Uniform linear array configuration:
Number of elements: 16
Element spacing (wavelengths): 1
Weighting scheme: cosine
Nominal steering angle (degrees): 0
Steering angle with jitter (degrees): -1.86
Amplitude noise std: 0.05
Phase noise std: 0.05

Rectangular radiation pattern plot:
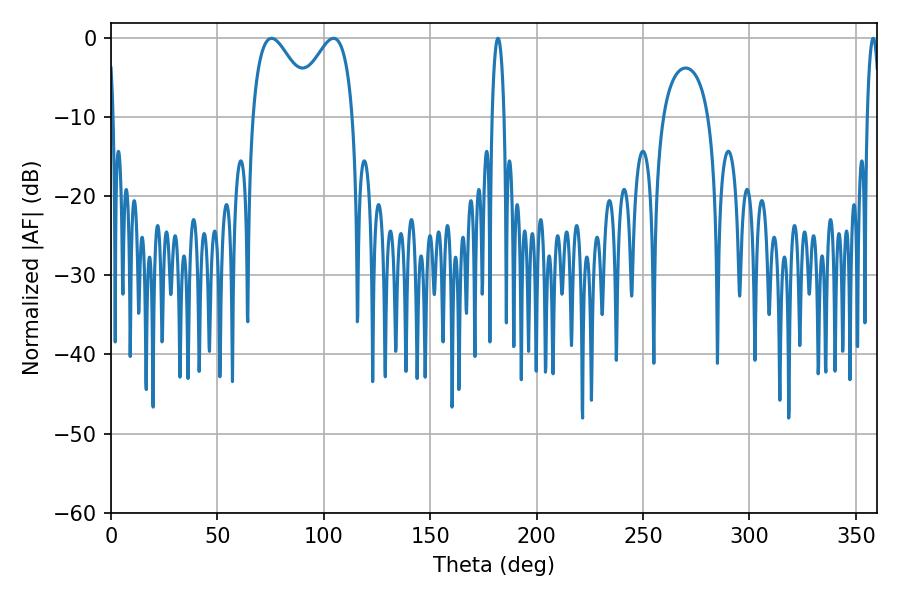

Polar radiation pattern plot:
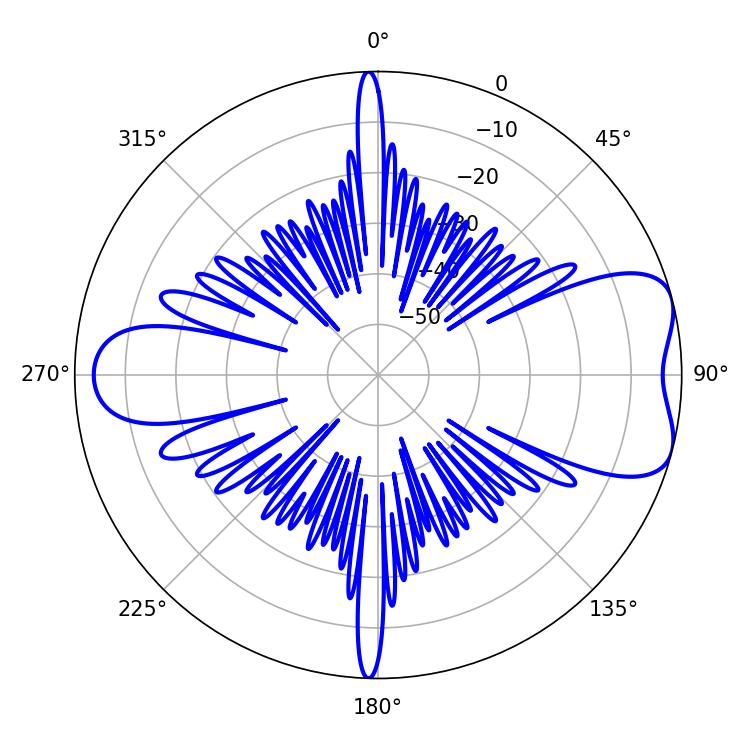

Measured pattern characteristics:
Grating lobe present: TRUE
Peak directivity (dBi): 7.014
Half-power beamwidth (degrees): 15.48
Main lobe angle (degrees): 75.42